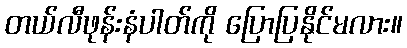
တယ်လီဖုန်းနံပါတ်ကို ပြောပြနိုင်မလား။